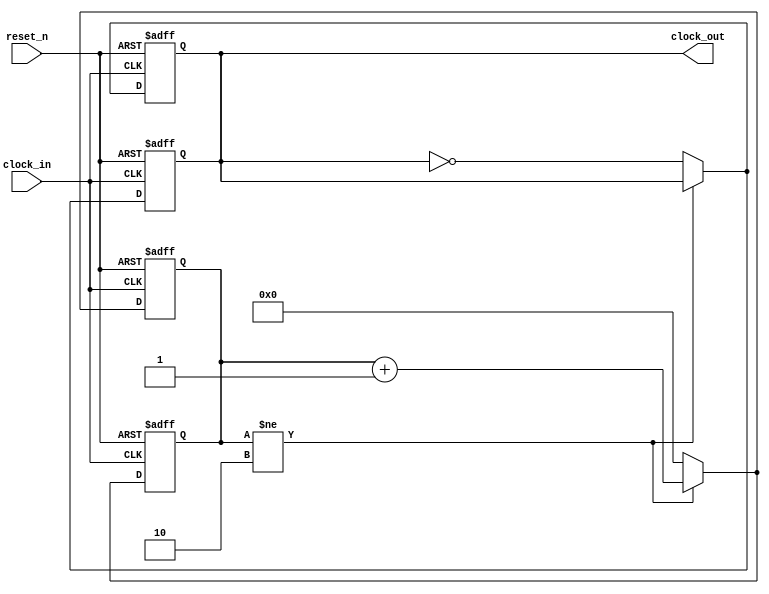
module HW9(
    input clock_in,reset_n,
    output reg clock_out
);
reg [22:0] clock_divider ;
parameter divide_by = 3;
always@(posedge clock_in,negedge reset_n)
begin
    if(~reset_n)
        begin
            clock_out = 0;
            clock_divider = 0;
        end
     else
        begin
            if(clock_divider != divide_by-1)begin
               clock_divider <= clock_divider+1; 
            end
            else begin
                clock_divider <= 0;
                clock_out = ~clock_out;
            end    
        end   
end
always@(negedge clock_in,negedge reset_n)
begin
    if(~reset_n)
        begin
            clock_out = 0;
            clock_divider = 0;
        end
     else
        begin
            if(clock_divider != divide_by-1)begin
               clock_divider <= clock_divider+1; 
               
            end
            /*else if (clock_divider == 1) begin
                clock_out <= clock_out;
            end*/
            else  begin
                clock_divider <= 0;
                clock_out = ~clock_out;
            end    
        end   
end

endmodule